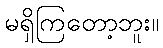
မရှိကြတော့ဘူး။